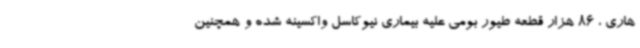
هاری ، 86 هزار قطعه طیور بومی علیه بیماری نیوکاسل واکسینه شده و همچنین